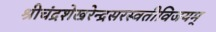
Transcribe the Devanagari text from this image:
श्रीचंद्रशेखरेन्द्रसरस्वतीविजयम्